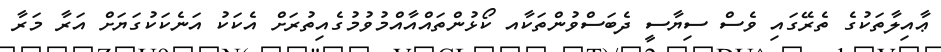
ޢާއިލާތަކުގެ ތެރޭގައި ވެސް ސިޔާސީ ދެބަސްވުންތަކާއ ކޯޅުންތައްއާއްމުވުމުގެއިތުރަށް އެކަކު އަނެކަކުގަޔަށް އަރާ މަރާ